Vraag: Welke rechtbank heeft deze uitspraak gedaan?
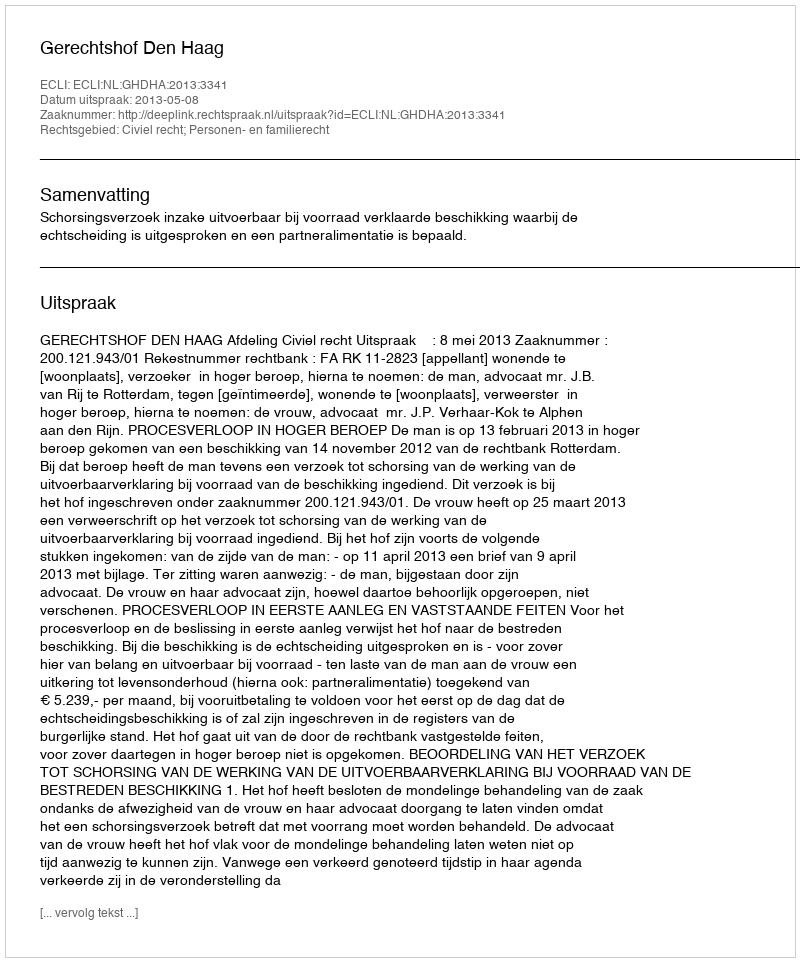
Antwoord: Gerechtshof Den Haag